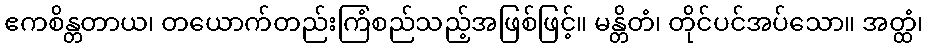
ဧကစိန္တတာယ၊ တယောက်တည်းကြံစည်သည့်အဖြစ်ဖြင့်။ မန္တိတံ၊ တိုင်ပင်အပ်သော။ အတ္ထံ၊